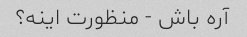
آره باش - منظورت اینه؟